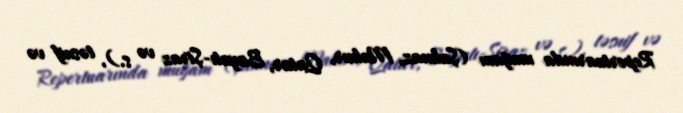
Repertuarında muğam (Şahnaz, Mahur, Qatar, Bayatı-Şiraz və s.), təsnif və